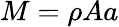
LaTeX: M=\rho Aa